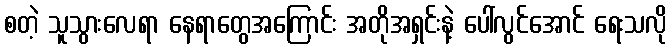
စတဲ့ သူသွားလေရာ နေရာတွေအကြောင်း အတိုအရှင်းနဲ့ ပေါ်လွင်အောင် ရေးသလို